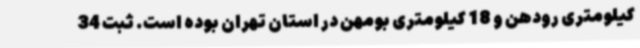
کیلومتری رودهن و 18 کیلومتری بومهن در استان تهران بوده است. ثبت 34